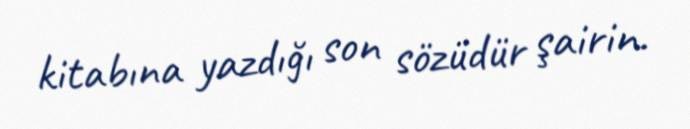
kitabına yazdığı son sözüdür şairin.